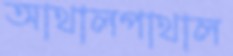
আথালপাথাল